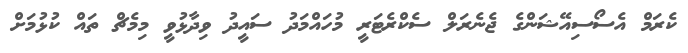
ކެރަމް އެސޯސިއޭޝަންގެ ޖެނެރަލް ސެކްރެޓަރީ މުހައްމަދު ސައީދު ވިދާޅުވީ މިމެޗް ތައް ކުޅުމަށް